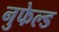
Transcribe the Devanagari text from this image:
नुफेल्ड